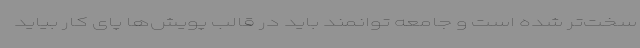
سخت‌تر شده است و جامعه توانمند باید در قالب پویش‌ها پای کار بیاید